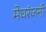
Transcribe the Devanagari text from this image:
मेघरंजनी